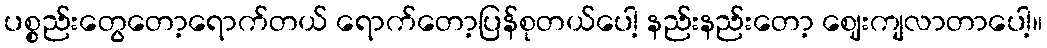
ပစ္စည်းတွေတော့ရောက်တယ် ရောက်တော့ပြန်စုတယ်ပေါ့ နည်းနည်းတော့ ဈေးကျလာတာပေါ့။